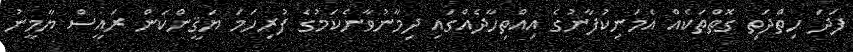
ފަދަ ހިތްދަތި ގޮތްތަކެއް އެމަނިކުފާނުގެ އިއްތިހާދެއްގައި ދިމާނުވާނެކަމުގެ ފުރިހަމަ ޔަޤީންކަން ރައީސް ޔާމީނު